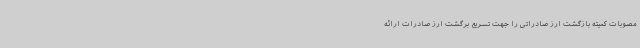
مصوبات کمیته بازگشت ارز صادراتی را جهت تسریع برگشت ارز صادرات ارائه